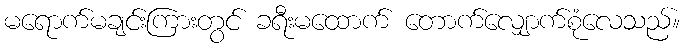
မရောက်မချင်းကြားတွင် ခရီးမထောက် တောက်လျှောက်စုံလေသည်။